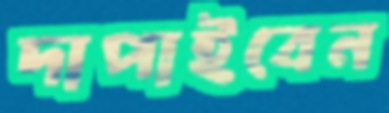
দাপাইবেন